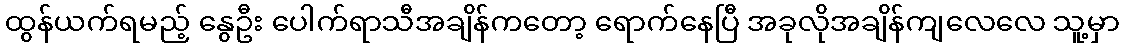
ထွန်ယက်ရမည့် နွေဦး ပေါက်ရာသီအချိန်ကတော့ ရောက်နေပြီ အခုလိုအချိန်ကျလေလေ သူ့မှာ